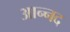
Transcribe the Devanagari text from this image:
आन्‍नद